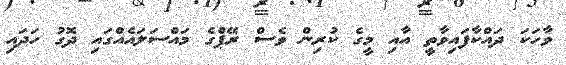
ވާހަކަ ދައްކާފައިވާތީ އާއި މީގެ ކުރިން ވެސް ރޭޕްގެ މައްސަލައެއްގައި ދޮގު ހަދައި